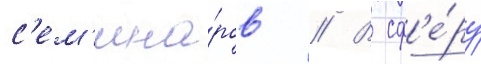
с'ем'ина́ров // В сф'е́ру